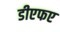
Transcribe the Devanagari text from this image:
डीएफए